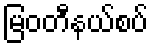
မြဝတီနယ်စပ်